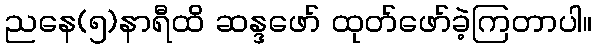
ညနေ(၅)နာရီထိ ဆန္ဒဖော် ထုတ်ဖော်ခဲ့ကြတာပါ။